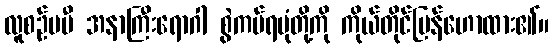
လူစဉ်မမီ အနာကြီးရောဂါ စွဲကပ်ရပုံတို့ကို ကိုယ်တိုင်ပြန်ဟောထား၏။